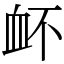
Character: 衃